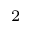
^ { 2 }